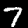
Label: 7